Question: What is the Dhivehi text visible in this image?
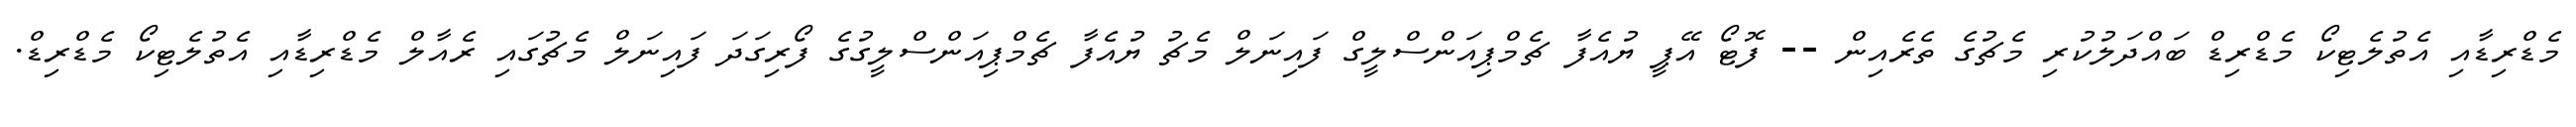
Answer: މެޑްރިޑާއި އެތުލެޓިކޯ މެޑްރިޑް ބައްދަލުކުރި މެޗުގެ ތެރެއިން -- ފޮޓޯ އޭޕީ ޔުއެފާ ޗެމްޕިއަންސްލީގް ފައިނަލް މެޗު ޔުއެފާ ޗެމްޕިއަންސްލީގުގެ ފޯރިގަދަ ފައިނަލް މެޗުގައި ރެއާލް މެޑްރިޑާއި އެތުލެޓިކޯ މެޑްރިޑް.